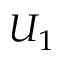
U _ { 1 }